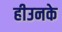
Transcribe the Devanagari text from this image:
हीउनके